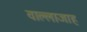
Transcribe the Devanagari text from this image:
वाल्लाजाह